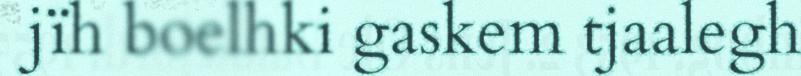
jïh boelhki gaskem tjaalegh